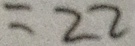
= 2 2